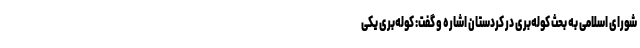
شورای اسلامی به بحث کوله‌بری در کردستان اشاره و گفت: کوله‌بری یکی